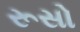
રૂસો